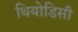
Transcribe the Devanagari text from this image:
थियोडिसी